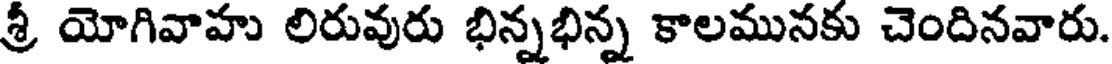
శ్రీ యోగివాహు లిరువురు భిన్నభిన్న కాలమునకు చెందినవారు.